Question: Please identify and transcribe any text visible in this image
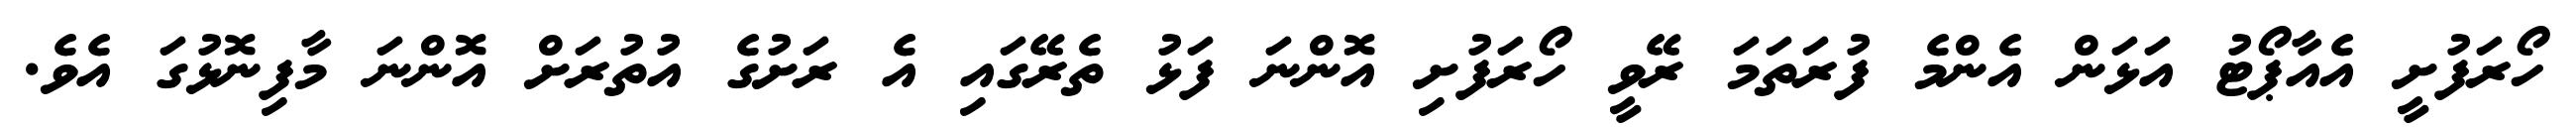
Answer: ހޯރަފުށީ އެއާޕޯޓު އަޅަން އެންމެ ފުރަތަމަ ރޭވީ ހޯރަފުށި އޮންނަ ފަޅު ތެރޭގައި އެ ރަށުގެ އުތުރަށް އޮންނަ މާފިނޮޅުގަ އެވެ.